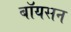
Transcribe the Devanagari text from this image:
बॉयसन